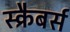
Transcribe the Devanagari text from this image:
स्क्रैबर्स